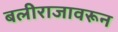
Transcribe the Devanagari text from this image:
बलीराजावरून